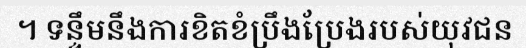
។ ទន្ទឹមនឹងការខិតខំប្រឹងប្រែងរបស់យុវជន